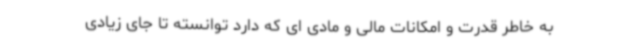
به خاطر قدرت و امکانات مالی و مادی ای که دارد توانسته تا جای زیادی